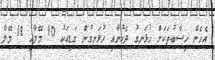
އެހެން ހިސާބުތަކަށް ހުޅަނގު ދެކުނާއި ހުޅަނގުން ގަޑިއަކު 10 މޭލާއި 18 މޭލާ